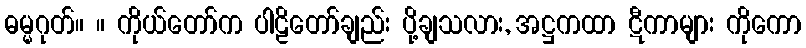
ဓမ္မဂုတ်။ ။ ကိုယ်တော်က ပါဠိတော်ချည်း ပို့ချသလား, အဋ္ဌကထာ ဋီကာများ ကိုကော